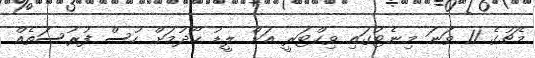
މެޗުގެ 11 ވަނަ މިނެޓުގައި ވިކްޓަރީ އަށް ލީޑު ހޯދުމަށް ހުސް ފުރުސަތެއް